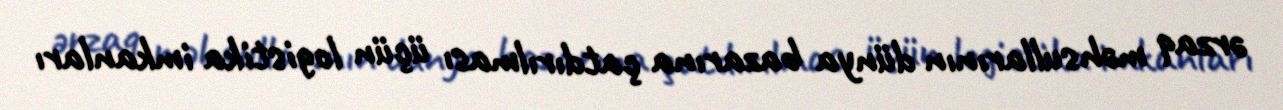
ərzaq məhsullarının dünya bazarına çatdırılması üçün logistika imkanları